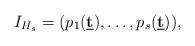
LaTeX: \begin{align*}I_{H_s}=(p_1({\bf \underline{t}}),\ldots,p_s({\bf \underline{t}})),\end{align*}